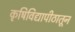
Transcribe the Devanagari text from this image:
कृषिविद्यापीठातून